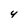
Character: 4